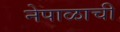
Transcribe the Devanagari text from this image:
नेपाळाची